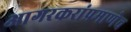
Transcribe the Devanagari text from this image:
आगरकरांप्रमाणेच